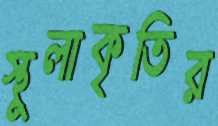
স্থূলাকৃতির